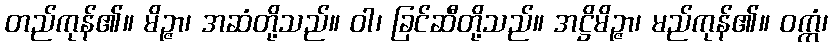
တည်ကုန်၏။ မိဉ္ဇာ၊ အဆံတို့သည်။ ဝါ၊ ခြင်ဆီတို့သည်။ အဋ္ဌိမိဉ္ဇာ၊ မည်ကုန်၏။ ဝက္ကံ၊